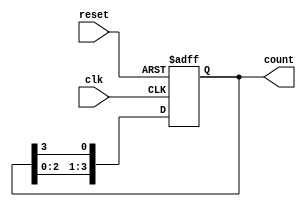
module ring_counter(
    input wire clk,         // Clock signal
    input wire reset,       // Asynchronous reset signal
    output reg [3:0] count  // 4-bit output representing the current state
);

    // Initial state for the ring counter
    initial begin
        count = 4'b1000; // Initial state is 1000
    end

    // Always block triggered on the rising edge of the clock or when reset is high
    always @(posedge clk or posedge reset) begin
        if (reset) begin
            count <= 4'b1000; // Reset to initial state
        end else begin
            // Shift the bits in the ring counter
            count <= {count[2:0], count[3]}; // Shift left and wrap around
        end
    end
endmodule